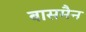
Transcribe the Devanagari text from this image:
बासमैन